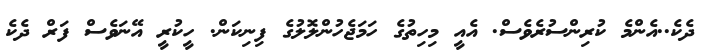
ދެކެ..އެންމެ ކުރިންސުރެވެސް. އެއީ މިހިތުގެ ހަމަޖެހުންލޮލުގެ ފިނިކަން. ހީކުރީ އޭނަވެސް ފަރް ދެކެ